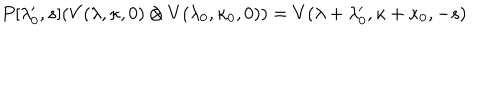
P [ \lambda _ { 0 } ^ { \prime } , s ] ( V ( \lambda , \kappa , 0 ) \otimes V ( \lambda _ { 0 } , \kappa _ { 0 } , 0 ) ) = { V } ( \lambda + \lambda _ { 0 } ^ { \prime } , \kappa + \kappa _ { 0 } , - s )